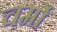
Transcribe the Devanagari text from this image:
चर्मो